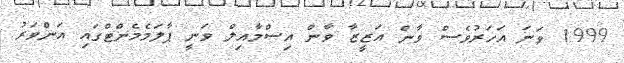
1999 ވަނަ އަހަރުވެސް ވާން އަޒީޒާ ވާން އިސްމާއިލް ވަނީ ޕާލަމެމެންޓްގައި އަންވަރު